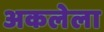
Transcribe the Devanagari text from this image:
अकलेला